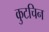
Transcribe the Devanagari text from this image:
कुटचिन